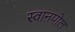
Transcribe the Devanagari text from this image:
स्वानपोल